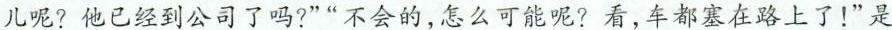
儿呢?他已经到公司了吗?”“不会的，怎么可能呢?看，车都塞在路上了！”是